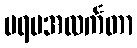
ပရမအလင်္ကတာ